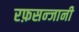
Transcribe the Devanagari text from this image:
रफ़सन्जानी